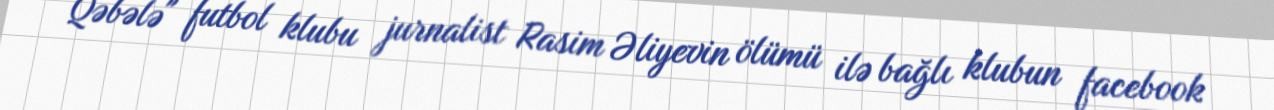
Qəbələ" futbol klubu jurnalist Rasim Əliyevin ölümü ilə bağlı klubun facebook